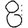
Digit: 8